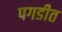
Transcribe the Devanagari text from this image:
पगडीत